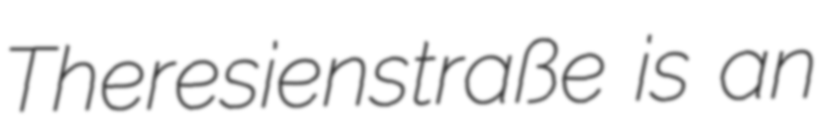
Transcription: Theresienstraße is an